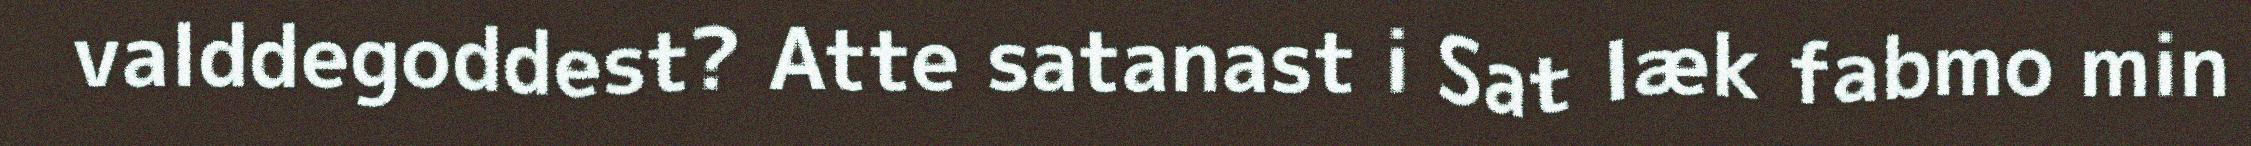
valddegoddest? Atte satanast i Sat læk fabmo min